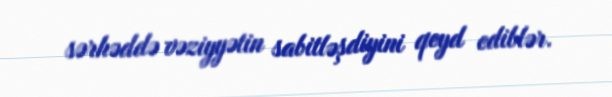
sərhəddə vəziyyətin sabitləşdiyini qeyd ediblər.